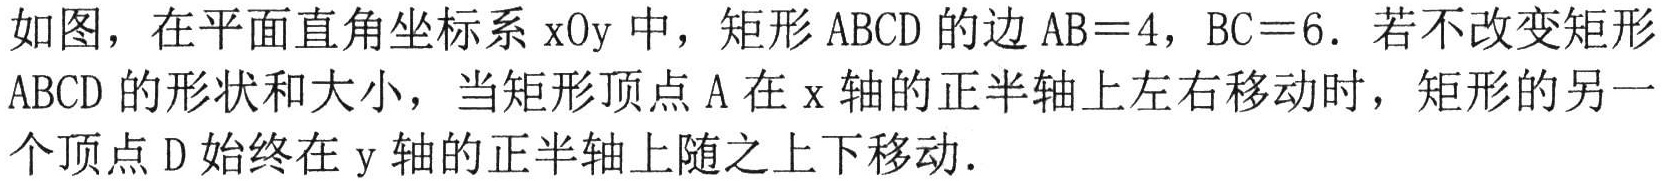
如图，在平面直角坐标系\(xOy\)中，矩形\(ABCD\)的边\(AB = 4\)，\(BC = 6\). 若不改变矩形\(ABCD\)的形状和大小，当矩形顶点\(A\)在\(x\)轴的正半轴上左右移动时，矩形的另一个顶点\(D\)始终在\(y\)轴的正半轴上随之上下移动.